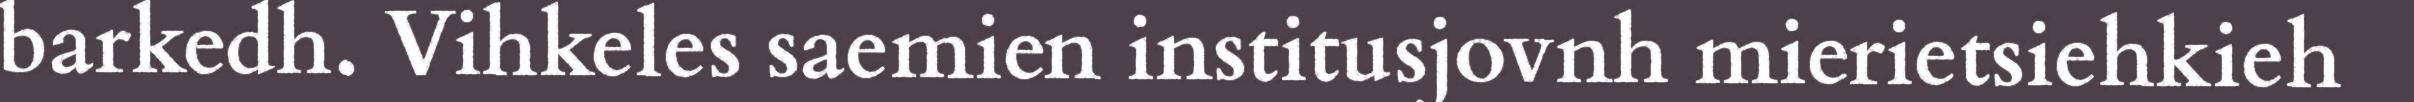
barkedh. Vihkeles saemien institusjovnh mierietsiehkieh